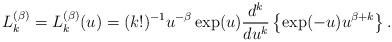
LaTeX: \begin{align*}L_{k}^{(\beta )}=L_{k}^{\left(\beta\right)}(u)=(k!)^{-1}u^{-\beta }\exp(u)\frac{d^{k}}{du^{k}}\left\{\exp(-u)u^{\beta +k}\right\}. \end{align*}